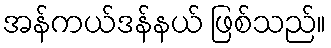
အန်ကယ်ဒန်နယ် ဖြစ်သည်။